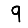
Digit: 9